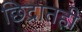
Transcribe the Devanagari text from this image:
छिद्रातही